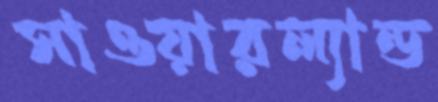
সাওয়ারল্যান্ড